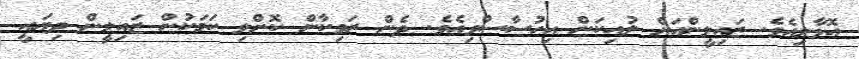
އޮޅާލިއެވެ. ޒައިލީންއަށް ލުއިކަން އިހުސާސްވިއެވެ. ދެން ރަވިކާން ކޮށްލި ކަމަކުން ޒައިލީން ދިޔައީ